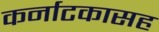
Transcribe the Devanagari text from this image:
कर्नाटकासह